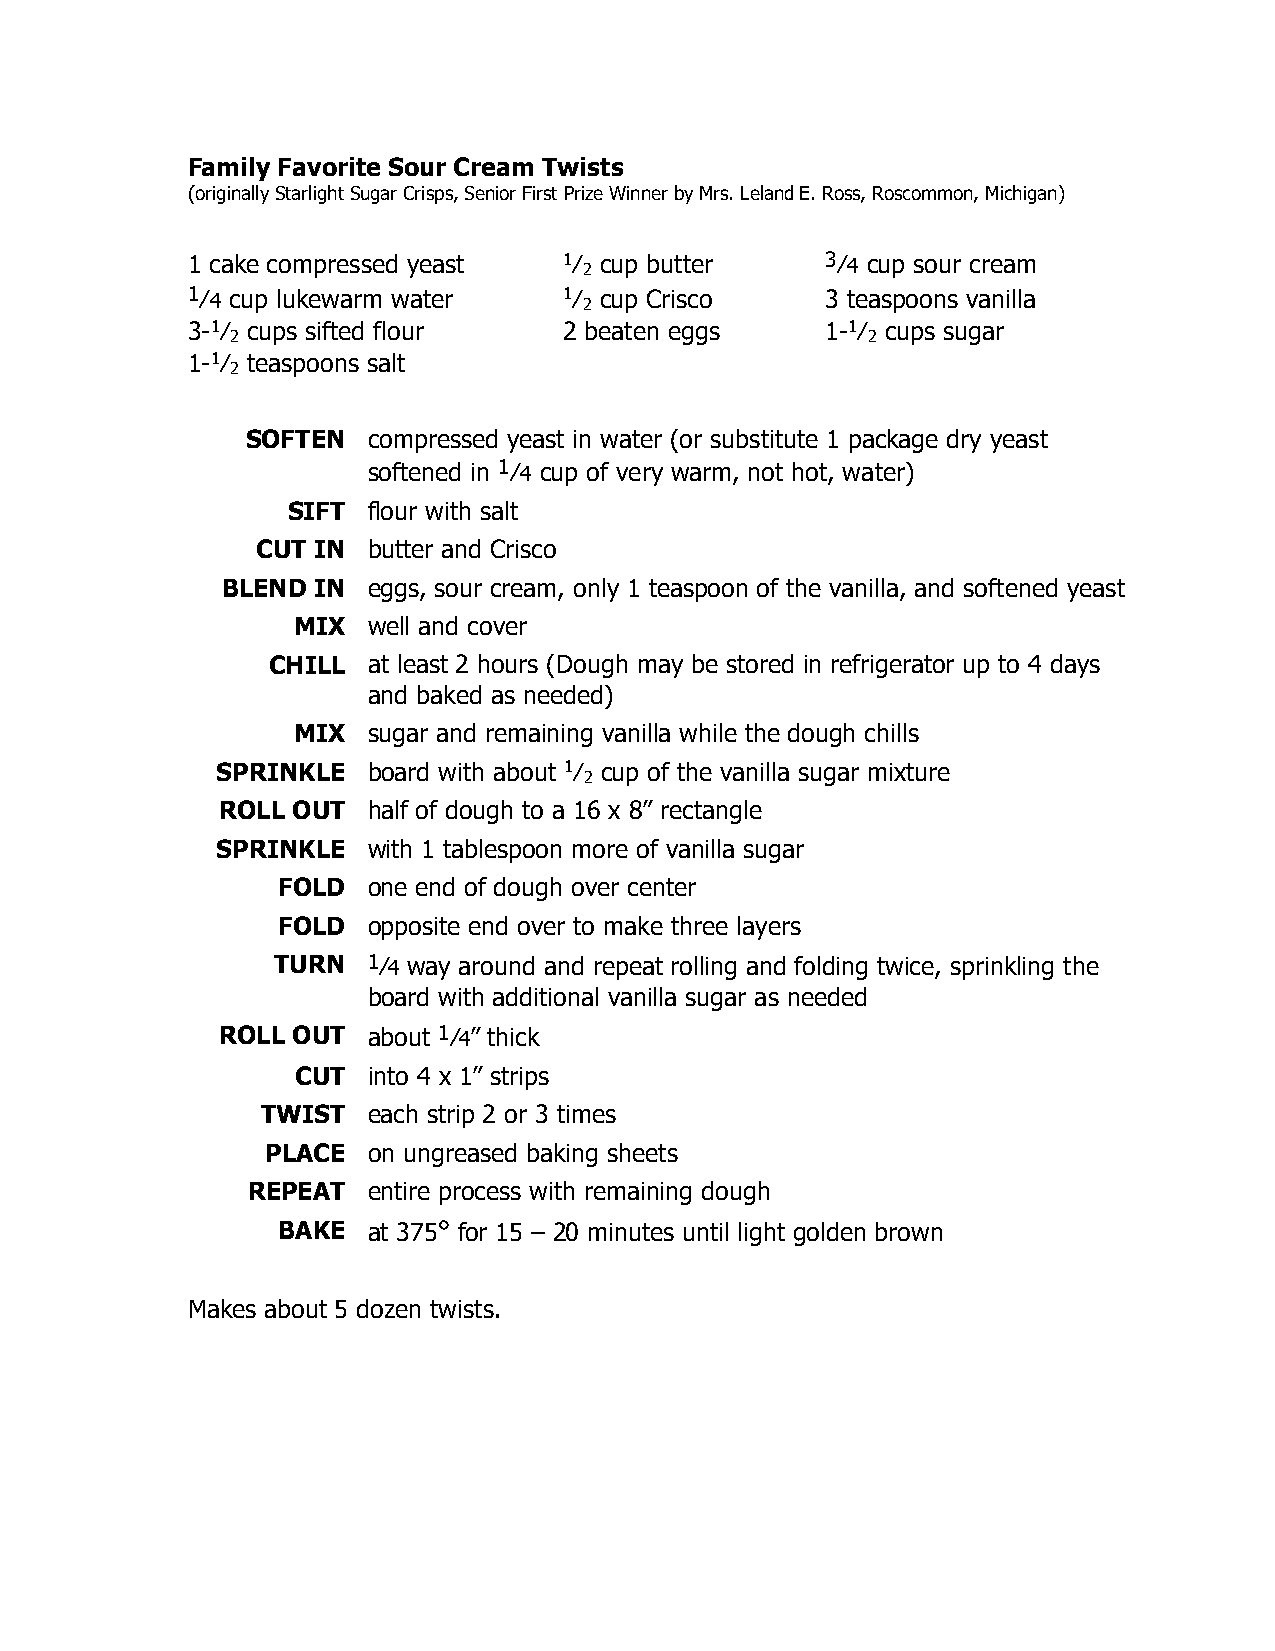
Family Favorite Sour Cream Twists
 (originally Starlight Sugar Crisps, Senior First Prize Winner by Mrs. Leland E. Ross, Roscommon, Michigan)
 1 cake compressed yeast  1⁄
 2
 cup butter     3⁄4 cup sour cream
 1⁄4 cup lukewarm water   1⁄
 2
 cup Crisco     3 teaspoons vanilla
 3-1⁄ cups sifted flour   2 beaten eggs     1-1⁄ cups sugar
 2                                         2
 1-1⁄ teaspoons salt
 2
 SOFTEN  compressed yeast in water (or substitute 1 package dry yeast
 softened in 1⁄4 cup of very warm, not hot, water)
 SIFT flour with salt
 CUT IN butter and Crisco
 BLEND IN eggs, sour cream, only 1 teaspoon of the vanilla, and softened yeast
 MIX  well and cover
 CHILL at least 2 hours (Dough may be stored in refrigerator up to 4 days
 and baked as needed)
 MIX  sugar and remaining vanilla while the dough chills
 SPRINKLE  board with about 1⁄ cup of the vanilla sugar mixture
 2
 ROLL OUT  half of dough to a 16 x 8” rectangle
 SPRINKLE  with 1 tablespoon more of vanilla sugar
 FOLD  one end of dough over center
 FOLD  opposite end over to make three layers
 TURN  1⁄4 way around and repeat rolling and folding twice, sprinkling the
 board with additional vanilla sugar as needed
 ROLL OUT  about 1⁄4” thick
 CUT into 4 x 1” strips
 TWIST  each strip 2 or 3 times
 PLACE on ungreased baking sheets
 REPEAT  entire process with remaining dough
 BAKE  at 375° for 15 – 20 minutes until light golden brown
 Makes about 5 dozen twists.